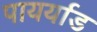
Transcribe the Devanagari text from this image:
पायर्याड